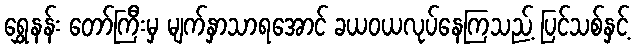
ရွှေနန်း တော်ကြီးမှ မျက်နှာသာရအောင် ခယဝယလုပ်နေကြသည့် ပြင်သစ်နှင့်